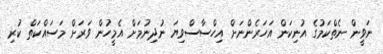
ނަވީން ނެތްކަމުގެ އުނިކަން އަހަރެންނަށް އިހްސާސްވިޔަ ނުދިނުމަށް އެމީހުން ވަރަށް މަސައްކަތް ކުރި